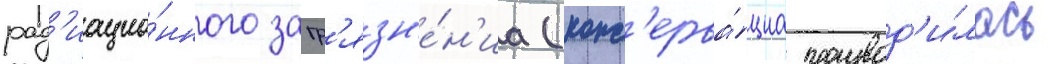
рад'иацио́нного загр'язн'е́н'иа (конс'ерва́циа производ'и́лась